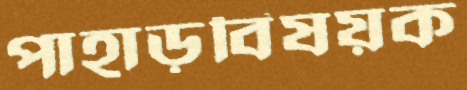
পাহাড়বিষয়ক